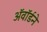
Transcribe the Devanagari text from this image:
अॅवॉर्डने